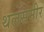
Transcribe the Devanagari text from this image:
थलसमीर